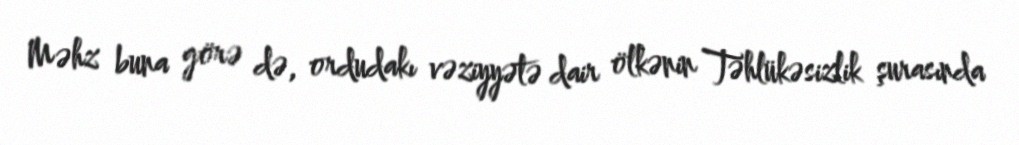
Məhz buna görə də, ordudakı vəziyyətə dair ölkənin Təhlükəsizlik şurasında